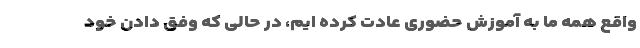
واقع همه ما به آموزش حضوری عادت کرده ایم، در حالی که وفق دادن خود